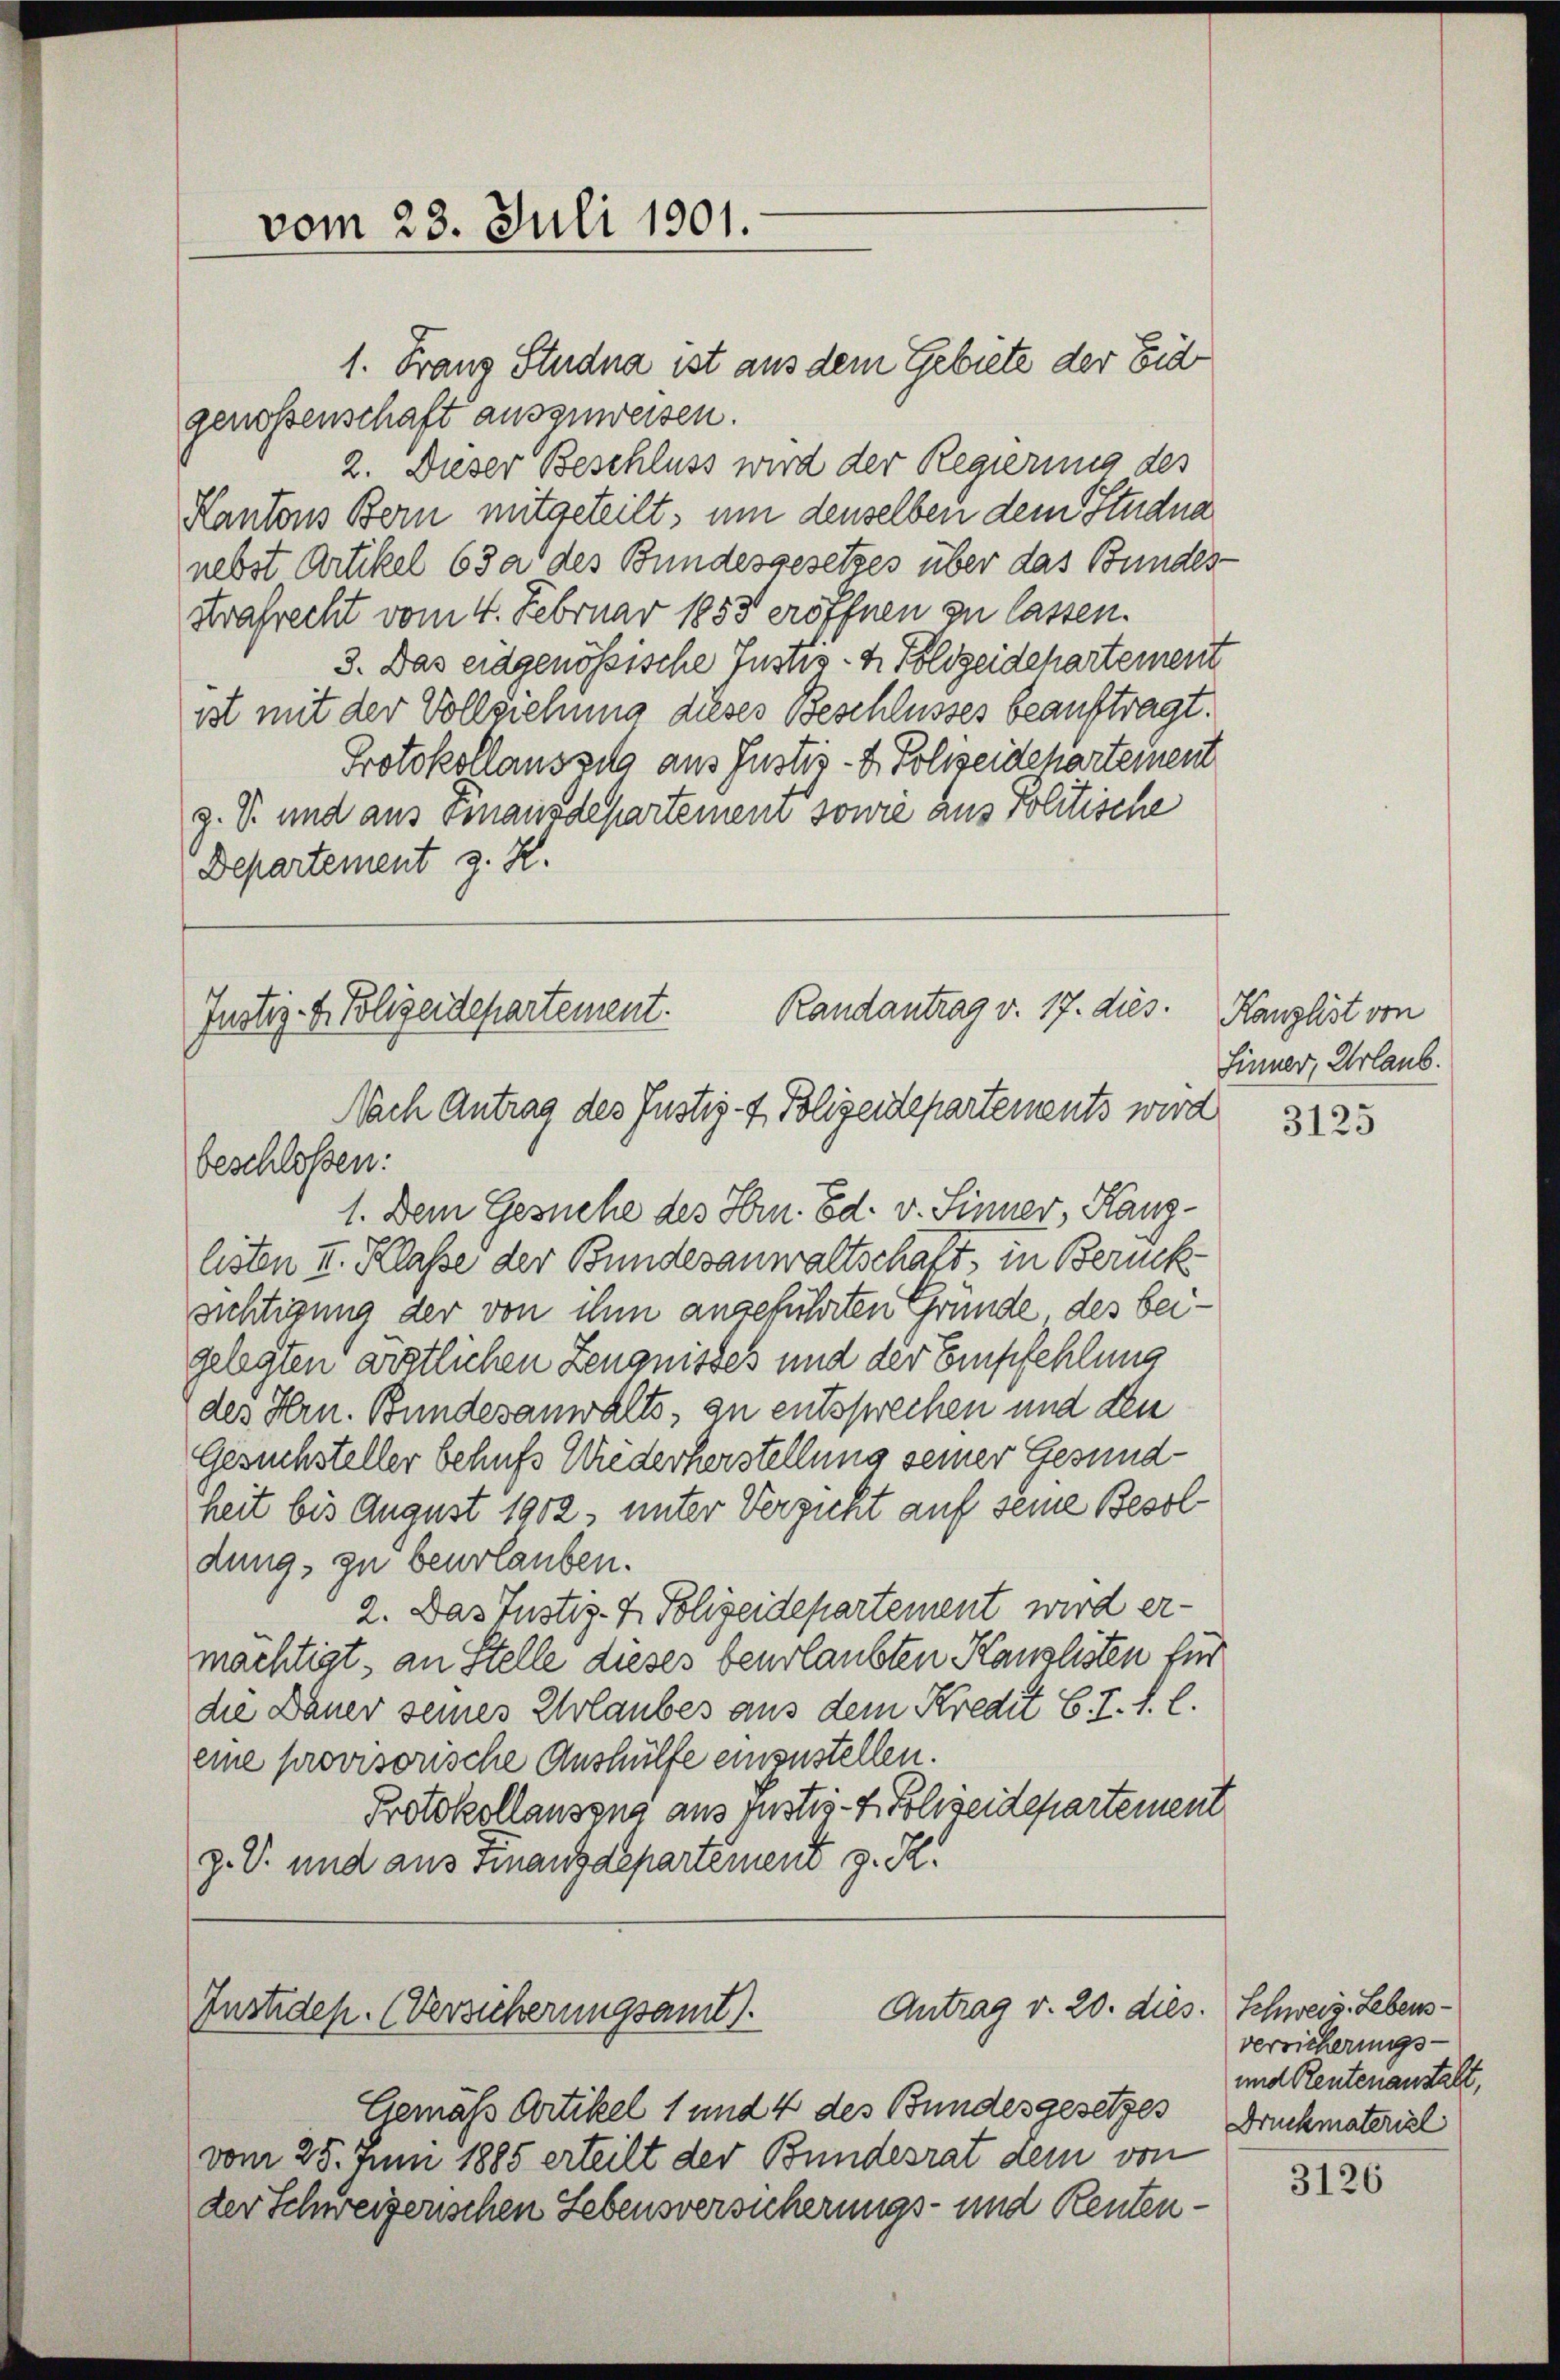
1. Franz Studna ist aus dem Gebiete der Eid
genossenschaft auszuweisen.
2. Dieser Beschluss wird der Regierung des
Kantons Bern mitgeteilt, um denselben dem Studna
nebst Artikel 63 a des Bundesgesetzes über das Bundes-
Strafrecht vom 4. Februar 1853 eröffnen zu lassen.
3. Das eidgenössische Justiz- & Polizeidehartement
ist mit der Vollziehung dieses Beschlusses beauftragt.
Protokollauszula aus Justiz- & Polizeidchartement
z. S. und aus Finanzdeparteinem sowie aus Politische
Departement z. R.

Randantrag v. 17. dies.
Justiz- & Polizeidepartement.
Nach Antrag des Justiz- & Polizeidepartements wird
beschlossen:

vom 23. Juli 1901.

Antrag v. 20. dies. Schweiz. Lebens¬
Instidep. (Versicherungsamt).

1. Dem Gesuche des Hrn. Ed. v. Sinner, Rang-
listen II. Klasse der Bundesanwaltschaft, in Berück
suchtigung der von ihm angeführten Gründe des beigelegten ärztlichen Zeugnisses und der Empfehlung
des Hrn. Bundesanwalts, zu entsprechen und den
Gesuchsteller behufs Wiederherstellung seiner Gesundheit bis August 1902, unter Verzicht auf seine Besoldung zu beurlauben.
2. Das Justiz- & Polizeidepartement wird ermächtigt, an Stelle dieses beurlaubten Kanzlisten für
die Dauer seines Erlaubes aus dem Kredit C. J. f. l.
eine provisorische Aushülfe einzustellen.
Protokollausens aus Justiz- & Polizeidepartement
z. V. und aus Finanzdepartement z. R.

Gemäß Artikel 1 und 4 des Bundesgesetzes Druckmateriel
vom 25. Juni 1885 erteilt der Bundesrat dem von
der Schweizerischen Lebensversicherungs- und Renten¬

Kanzlist von
Finner, Urlaub.

3125

verricherungs-
und Reutenanstalt,

3126